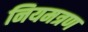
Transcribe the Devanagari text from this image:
नियमत्रण